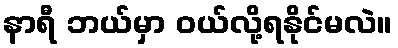
နာရီ ဘယ်မှာ ဝယ်လို့ရနိုင်မလဲ။